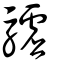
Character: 驉